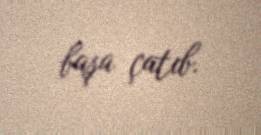
başa çatıb.